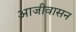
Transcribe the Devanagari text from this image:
आजीवासन